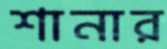
শানার